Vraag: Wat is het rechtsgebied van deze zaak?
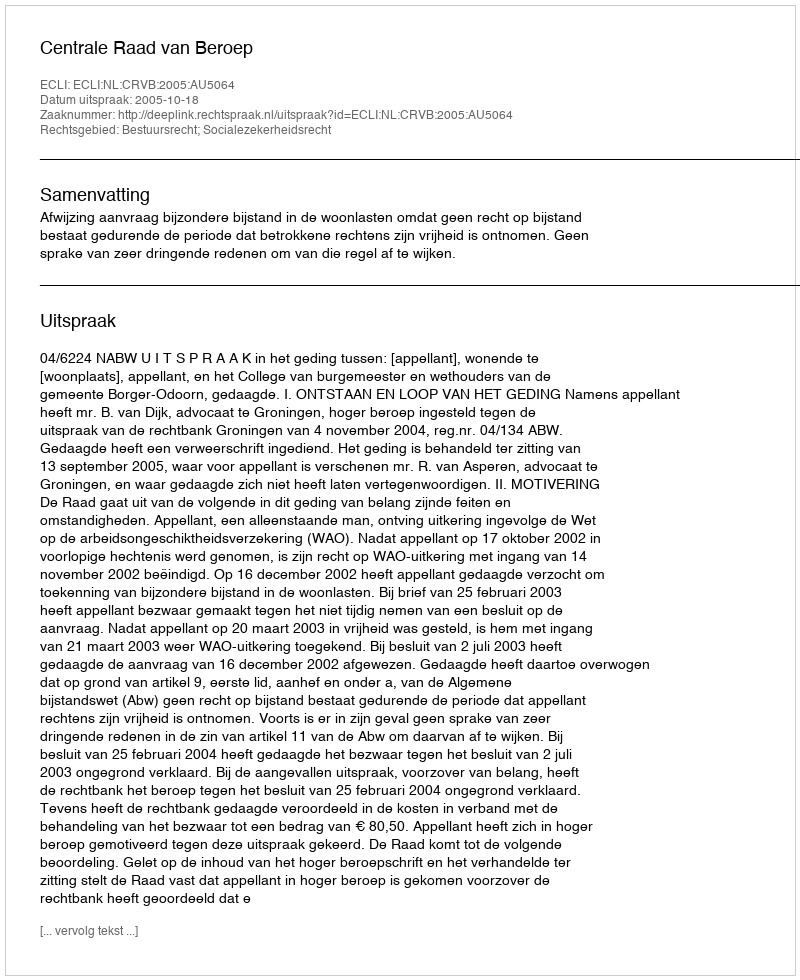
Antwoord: Bestuursrecht; Socialezekerheidsrecht